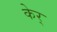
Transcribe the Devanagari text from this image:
केर्